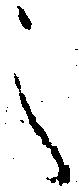
之